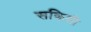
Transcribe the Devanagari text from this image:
सकिसी